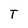
Character: T